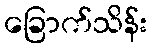
ခြောက်သိန်း